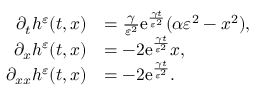
\begin{array} { r l } { \partial _ { t } h ^ { \varepsilon } ( t , x ) } & { = \frac { \gamma } { \varepsilon ^ { 2 } } \mathrm { e } ^ { \frac { \gamma t } { \varepsilon ^ { 2 } } } ( \alpha \varepsilon ^ { 2 } - x ^ { 2 } ) , } \\ { \partial _ { x } h ^ { \varepsilon } ( t , x ) } & { = - 2 \mathrm { e } ^ { \frac { \gamma t } { \varepsilon ^ { 2 } } } x , } \\ { \partial _ { x x } h ^ { \varepsilon } ( t , x ) } & { = - 2 \mathrm { e } ^ { \frac { \gamma t } { \varepsilon ^ { 2 } } } . } \end{array}